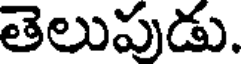
తెలుపుడు.